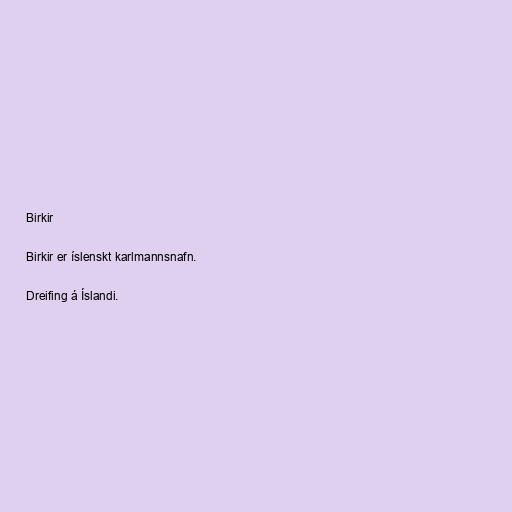
Birkir

Birkir er íslenskt karlmannsnafn.

Dreifing á Íslandi.